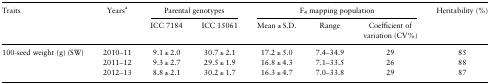
<table><thead><tr><td rowspan="2"><b>Traits</b></td><td rowspan="2"><b>Years<sup>a</sup></b></td><td colspan="2"><b>Parental genotypes</b></td><td colspan="3"><b>F<sub>4</sub> mapping population</b></td><td rowspan="2"><b>Heritability (%)</b></td></tr><tr><td><b>ICC 7184</b></td><td><b>ICC 15061</b></td><td><b>Mean ± S.D.</b></td><td><b>Range</b></td><td><b>Coefficient of variation (CV%)</b></td></tr></thead><tbody><tr><td rowspan="3">100-seed weight (g) (SW)</td><td>2010–11</td><td>9.1 ± 2.0</td><td>30.7 ± 2.1</td><td>17.2 ± 5.0</td><td>7.4–34.9</td><td>29</td><td>85</td></tr><tr><td>2011–12</td><td>9.3 ± 2.7</td><td>29.5 ± 1.9</td><td>16.8 ± 4.3</td><td>7.1–33.5</td><td>26</td><td>88</td></tr><tr><td>2012–13</td><td>8.8 ± 2.1</td><td>30.2 ± 1.7</td><td>16.3 ± 4.7</td><td>7.0–33.8</td><td>29</td><td>87</td></tr></tbody></table>